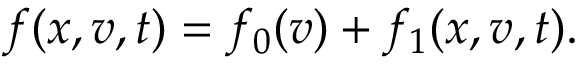
f ( x , v , t ) = f _ { 0 } ( v ) + f _ { 1 } ( x , v , t ) .